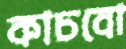
কাচবো